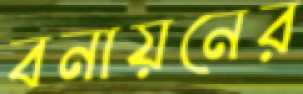
বনায়নের